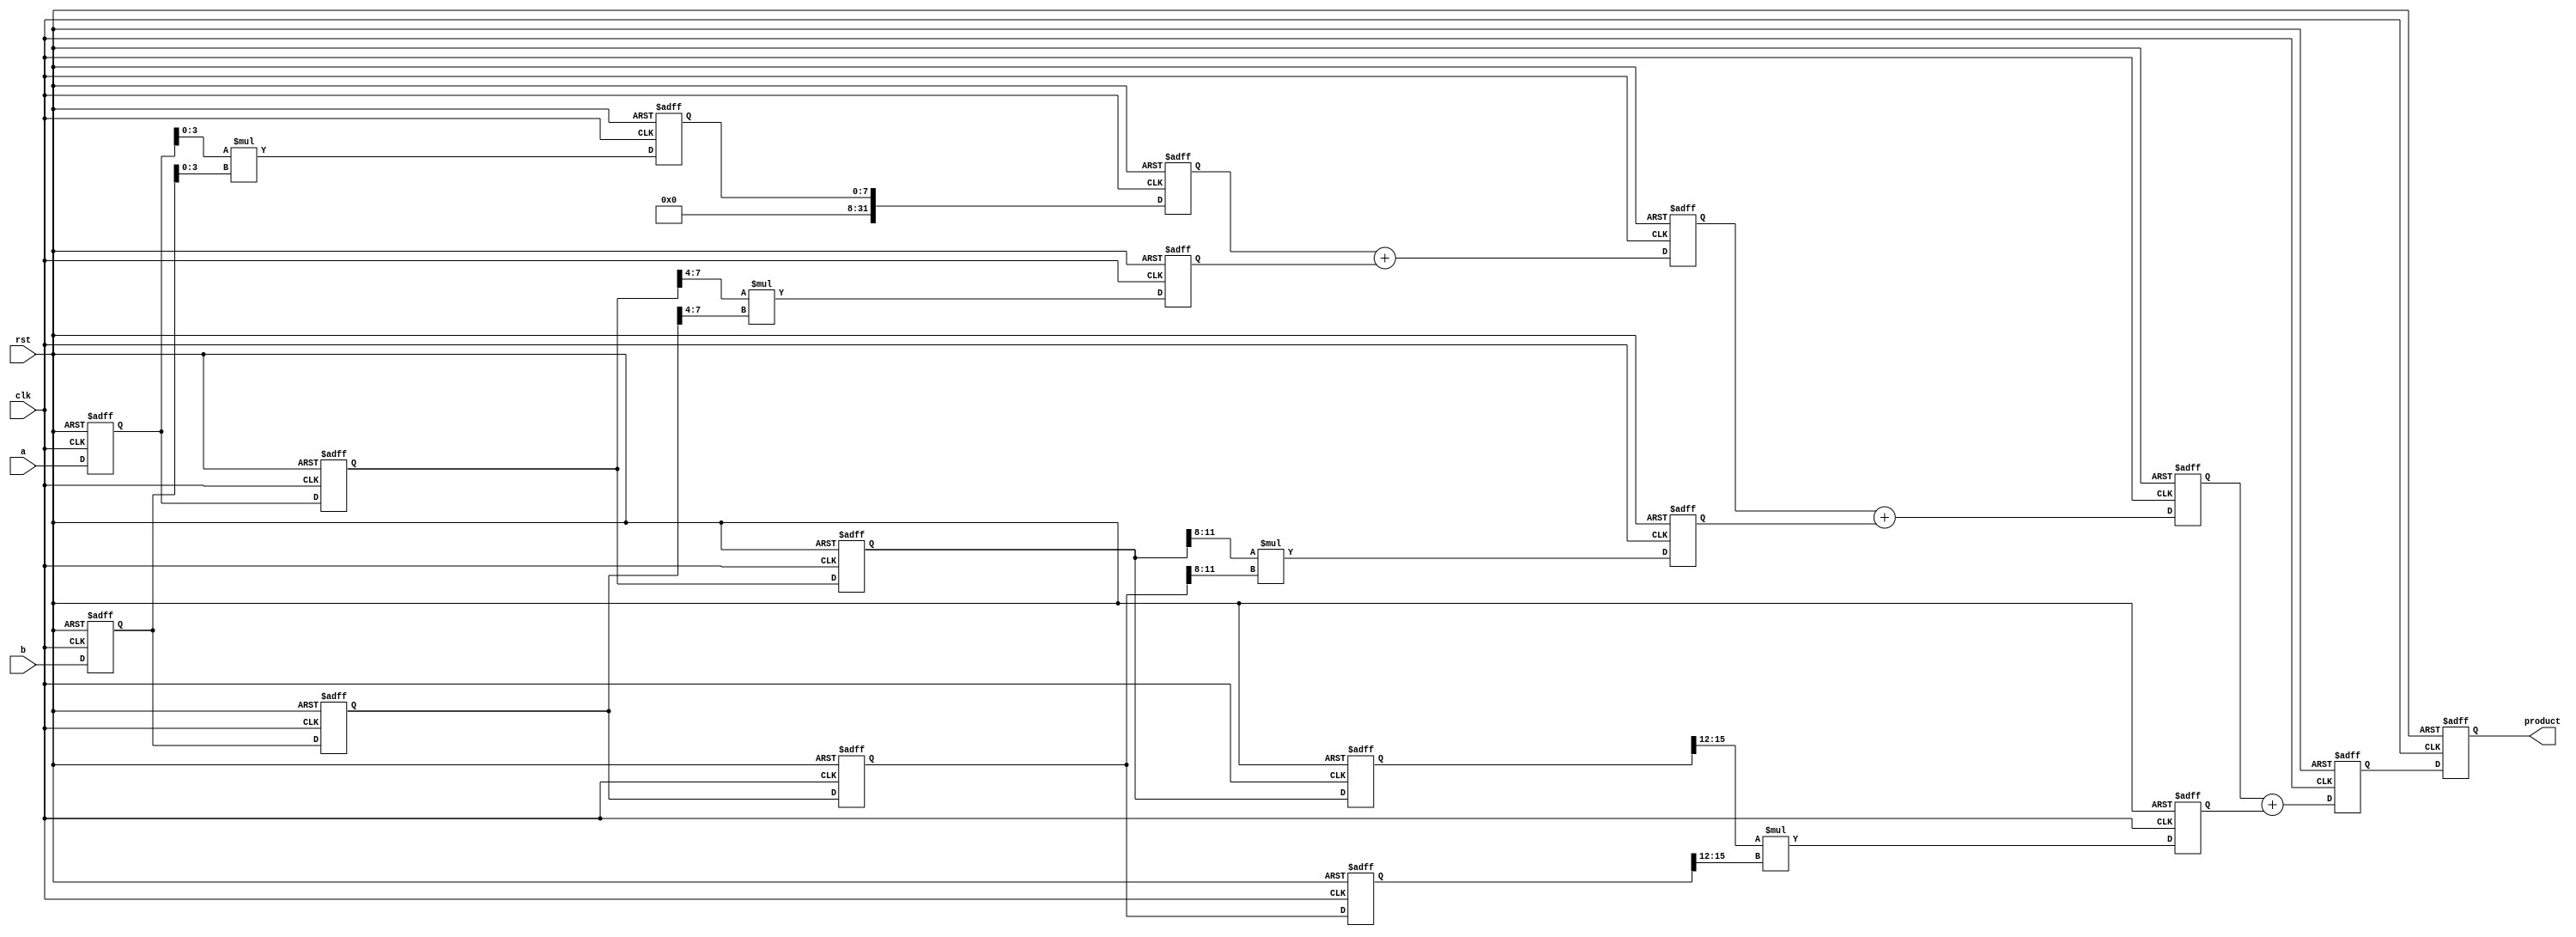
module pipelined_sliced_multiplier #(
    parameter N = 16,  // Total bit width of inputs
    parameter S = 4    // Slice width
)(
    input  wire clk,
    input  wire rst,
    input  wire [N-1:0] a, // First operand
    input  wire [N-1:0] b, // Second operand
    output reg  [2*N-1:0] product // Output product
);

    localparam NUM_SLICES = N / S; // Number of slices

    // Intermediate signals
    reg [N-1:0] a_reg [0:NUM_SLICES-1];
    reg [N-1:0] b_reg [0:NUM_SLICES-1];
    reg [2*S-1:0] partial_products [0:NUM_SLICES-1];

    // Pipeline registers for accumulation
    reg [2*N-1:0] acc [0:NUM_SLICES-1];

    // Control logic for pipelining
    integer i;

    always @(posedge clk or posedge rst) begin
        if (rst) begin
            // Reset all registers
            for (i = 0; i < NUM_SLICES; i = i + 1) begin
                a_reg[i] <= 0;
                b_reg[i] <= 0;
                partial_products[i] <= 0;
                acc[i] <= 0;
            end
            product <= 0;
        end else begin
            // Stage 1: Load inputs into registers
            for (i = 0; i < NUM_SLICES; i = i + 1) begin
                if (i == 0) begin
                    a_reg[i] <= a;
                    b_reg[i] <= b;
                end else begin
                    a_reg[i] <= a_reg[i-1];
                    b_reg[i] <= b_reg[i-1];
                end
            end

            // Stage 2: Compute partial products
            for (i = 0; i < NUM_SLICES; i = i + 1) begin
                partial_products[i] <= a_reg[i][(i+1)*S-1:i*S] * b_reg[i][(i+1)*S-1:i*S];
            end

            // Stage 3: Accumulate partial products
            for (i = 0; i < NUM_SLICES; i = i + 1) begin
                if (i == 0) begin
                    acc[i] <= partial_products[i];
                end else begin
                    acc[i] <= acc[i-1] + partial_products[i];
                end
            end

            // Stage 4: Output the final product
            product <= acc[NUM_SLICES-1];
        end
    end

endmodule